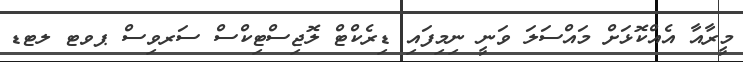
މީރާއާ އެއްކޮޅަށް މައްސަލަ ވަނީ ނިމިފައި ޑިރެކްޓް ލޮޖިސްޓިކްސް ސަރވިސް ޕވޓ ލޓޑ